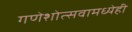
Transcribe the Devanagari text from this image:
गणेशोत्सवामध्येही